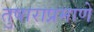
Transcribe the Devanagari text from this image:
तुषाराप्रमाणे